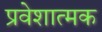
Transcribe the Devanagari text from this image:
प्रवेशात्मक